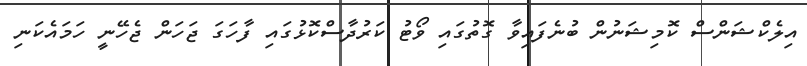
އިލެކްޝަންސް ކޮމިޝަނުން ބުނެފައިވާ ގޮތުގައި ވޯޓު ކަރުދާސްކޮޅުގައި ފާހަގަ ޖަހަން ޖެހޭނީ ހަމައެކަނި